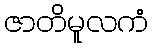
ဇာတိမူလကံ